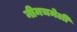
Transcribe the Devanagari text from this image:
नीमचमेली